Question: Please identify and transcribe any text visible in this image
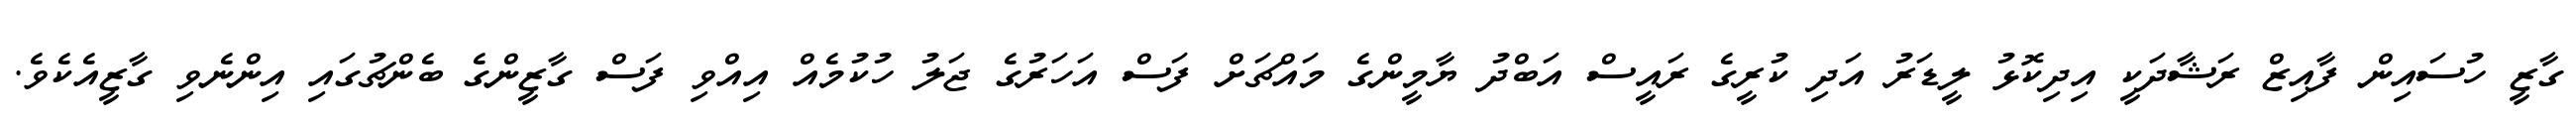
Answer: ގާޒީ ހުސައިން ފާއިޒް ރަޝާދަކީ އިދިކޮޅު ލީޑަރު އަދި ކުރީގެ ރައީސް އަބްދު ޔާމީންގެ މައްޗަށް ފަސް އަހަރުގެ ޖަލު ހުކުމެއް އިއްވި ފަސް ގާޒީންގެ ބެންޗުގައި އިންނެވި ގާޒީއެކެވެ.